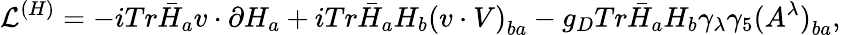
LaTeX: {\cal L}^{(H)}=-iTr\bar{H}_{a}v\cdot\partial H_{a}+iTr\bar{H}_{a}H_{b}{(v\cdot V)}_{ba}-g_{D}Tr\bar{H}_{a}H_{b}\gamma_{\lambda}\gamma_{5}{(A^{\lambda})}_{ba},